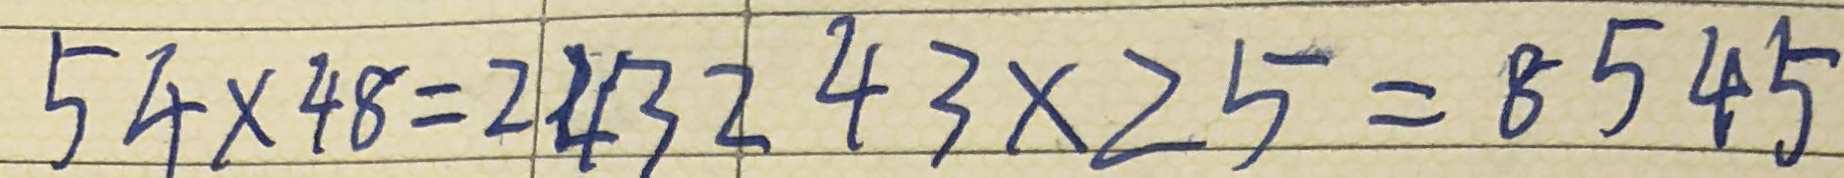
5 4 \times 4 8 = 2 4 3 2 4 3 \times 2 5 = 8 5 4 5